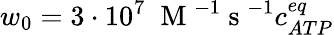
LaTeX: w_{0}=3\cdot 10^{7}\; \mathrm{~M~}^{-1}\mathrm{~s~}^{-1}c_{ATP}^{eq}